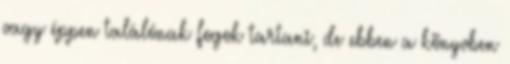
vagy éppen találónak fogok tartani, de ebben a könyvben